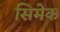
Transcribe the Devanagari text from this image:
सिमेक